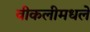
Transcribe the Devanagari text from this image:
वीकलीमधले